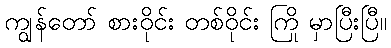
ကျွန်တော် စားဝိုင်း တစ်ဝိုင်း ကြို မှာပြီးပြီ။